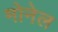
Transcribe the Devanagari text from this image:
मोनेल